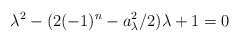
\begin{align*}\lambda^2-(2(-1)^n-a_\lambda^2/2)\lambda+1=0\end{align*}